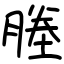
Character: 塍